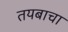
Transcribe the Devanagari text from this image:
तयबाचा